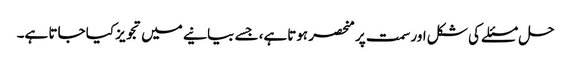
حل مسئلے کی شکل اور سمت پر منحصر ہوتاہے، جسے بیانیے میں تجویز کیا جاتا ہے۔